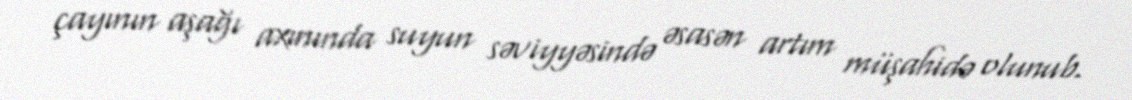
çayının aşağı axınında suyun səviyyəsində əsasən artım müşahidə olunub.